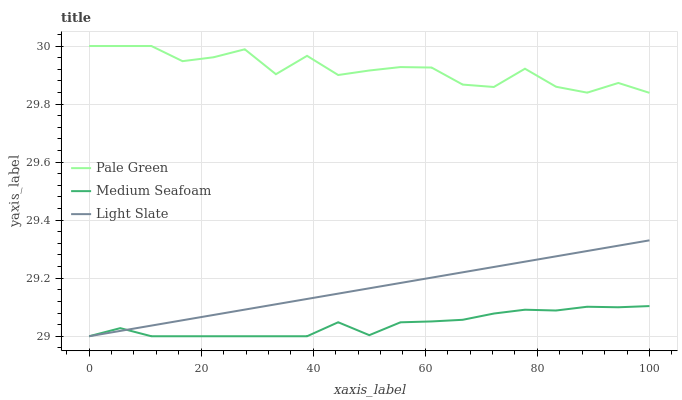
| xaxis_label | Pale Green | Medium Seafoam | Light Slate |
 | --- | --- | --- | --- |
 | 0 | 30 | 29 | 29 |
 | 5.56 | 30 | 29 | 29 |
 | 11.1 | 30 | 29 | 29 |
 | 16.7 | 29.9 | 29 | 29.1 |
 | 22.2 | 30 | 29 | 29.1 |
 | 27.8 | 30 | 29 | 29.1 |
 | 33.3 | 29.9 | 29 | 29.1 |
 | 38.9 | 30 | 29 | 29.1 |
 | 44.4 | 29.9 | 29 | 29.1 |
 | 50 | 29.9 | 29 | 29.2 |
 | 55.6 | 29.9 | 29 | 29.2 |
 | 61.1 | 29.9 | 29.1 | 29.2 |
 | 66.7 | 29.9 | 29.1 | 29.2 |
 | 72.2 | 29.9 | 29.1 | 29.2 |
 | 77.8 | 29.9 | 29.1 | 29.3 |
 | 83.3 | 29.9 | 29.1 | 29.3 |
 | 88.9 | 29.8 | 29.1 | 29.3 |
 | 94.4 | 29.9 | 29.1 | 29.3 |
 | 100 | 29.8 | 29.1 | 29.3 |